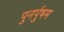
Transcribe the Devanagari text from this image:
पुनर्पुषम